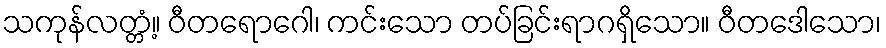
သကုန်လတ္တံ့။ ဝီတရောဂေါ၊ ကင်းသော တပ်ခြင်းရာဂရှိသော။ ဝီတဒေါသော၊